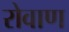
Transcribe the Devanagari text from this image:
रोवाण